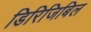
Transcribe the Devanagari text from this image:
डिरिजिबिल